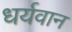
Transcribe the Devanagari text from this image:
धर्यवान